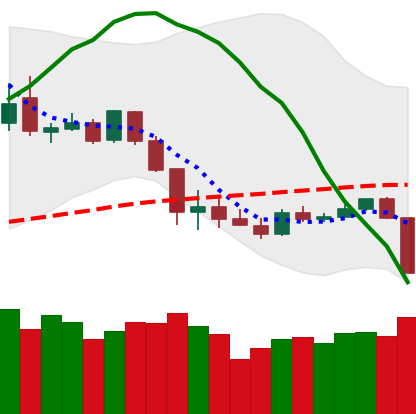
Ticker: XLM-USD
Chart end date: 2020-03-08
Forward return: -22.097%
Label: down_7plus